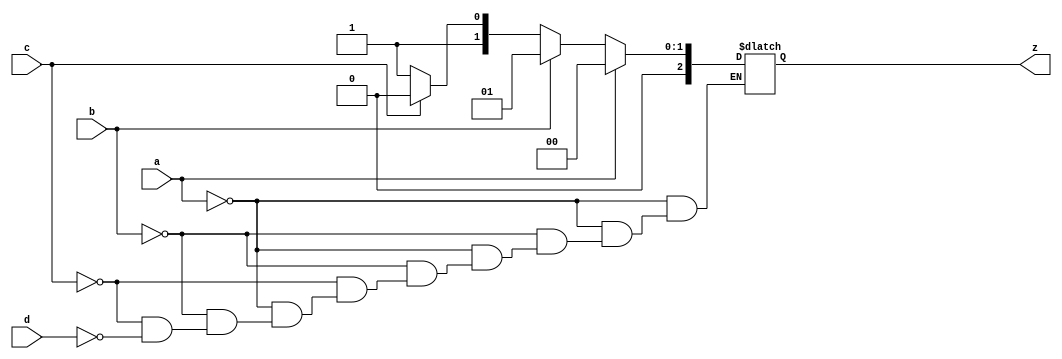
`timescale 1ns / 1ps

module inputsys(a,b,c,d,z);
    input a,b,c,d;
    output reg [2:0] z;
    always @(a or b or c or d)
    if(a)
        z = 2'b00;
    else if(b)
        z = 2'b01;
    else if(c)
        z = 2'b10;       
    else if(d)
        z = 2'b11;
endmodule

module inputsys_tb;
    reg a,b,c,d;
    wire [2:0] z;

    inputsys in_1(.a(a),.b(b),.c(c),.d(d),.z(z));
    initial begin
        a = 0;
        b = 0;
        c = 0;
        d = 0;
        #10 a = 1;
        #10 a = 0; b = 1;
        #10 b = 0; c = 1;
        #10 c = 0; d = 1;
    end

    initial begin
        $monitor("time = %0d a = %d b = %d c = %d d = %d z = %d",$time,a,b,c,d,z);
    end
endmodule